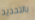
بالتحديد